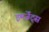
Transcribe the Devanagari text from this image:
इमर्जेंट्स